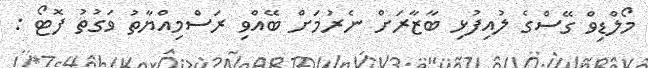
މޯލްޑިވް ގޭސްގެ ލުއިފުޅި ބާޒާރަށް ނެރުމަށް ބޭއްވި ރަސްމިއްޔާތު ވަގުތު ފޮޓޯ :